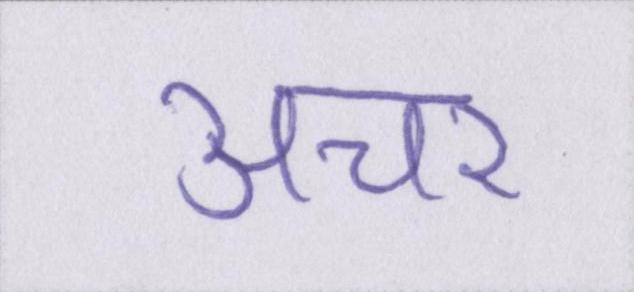
अचर